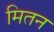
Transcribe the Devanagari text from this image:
मितन